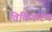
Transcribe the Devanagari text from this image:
विकिकरण